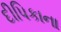
દીપિકાના